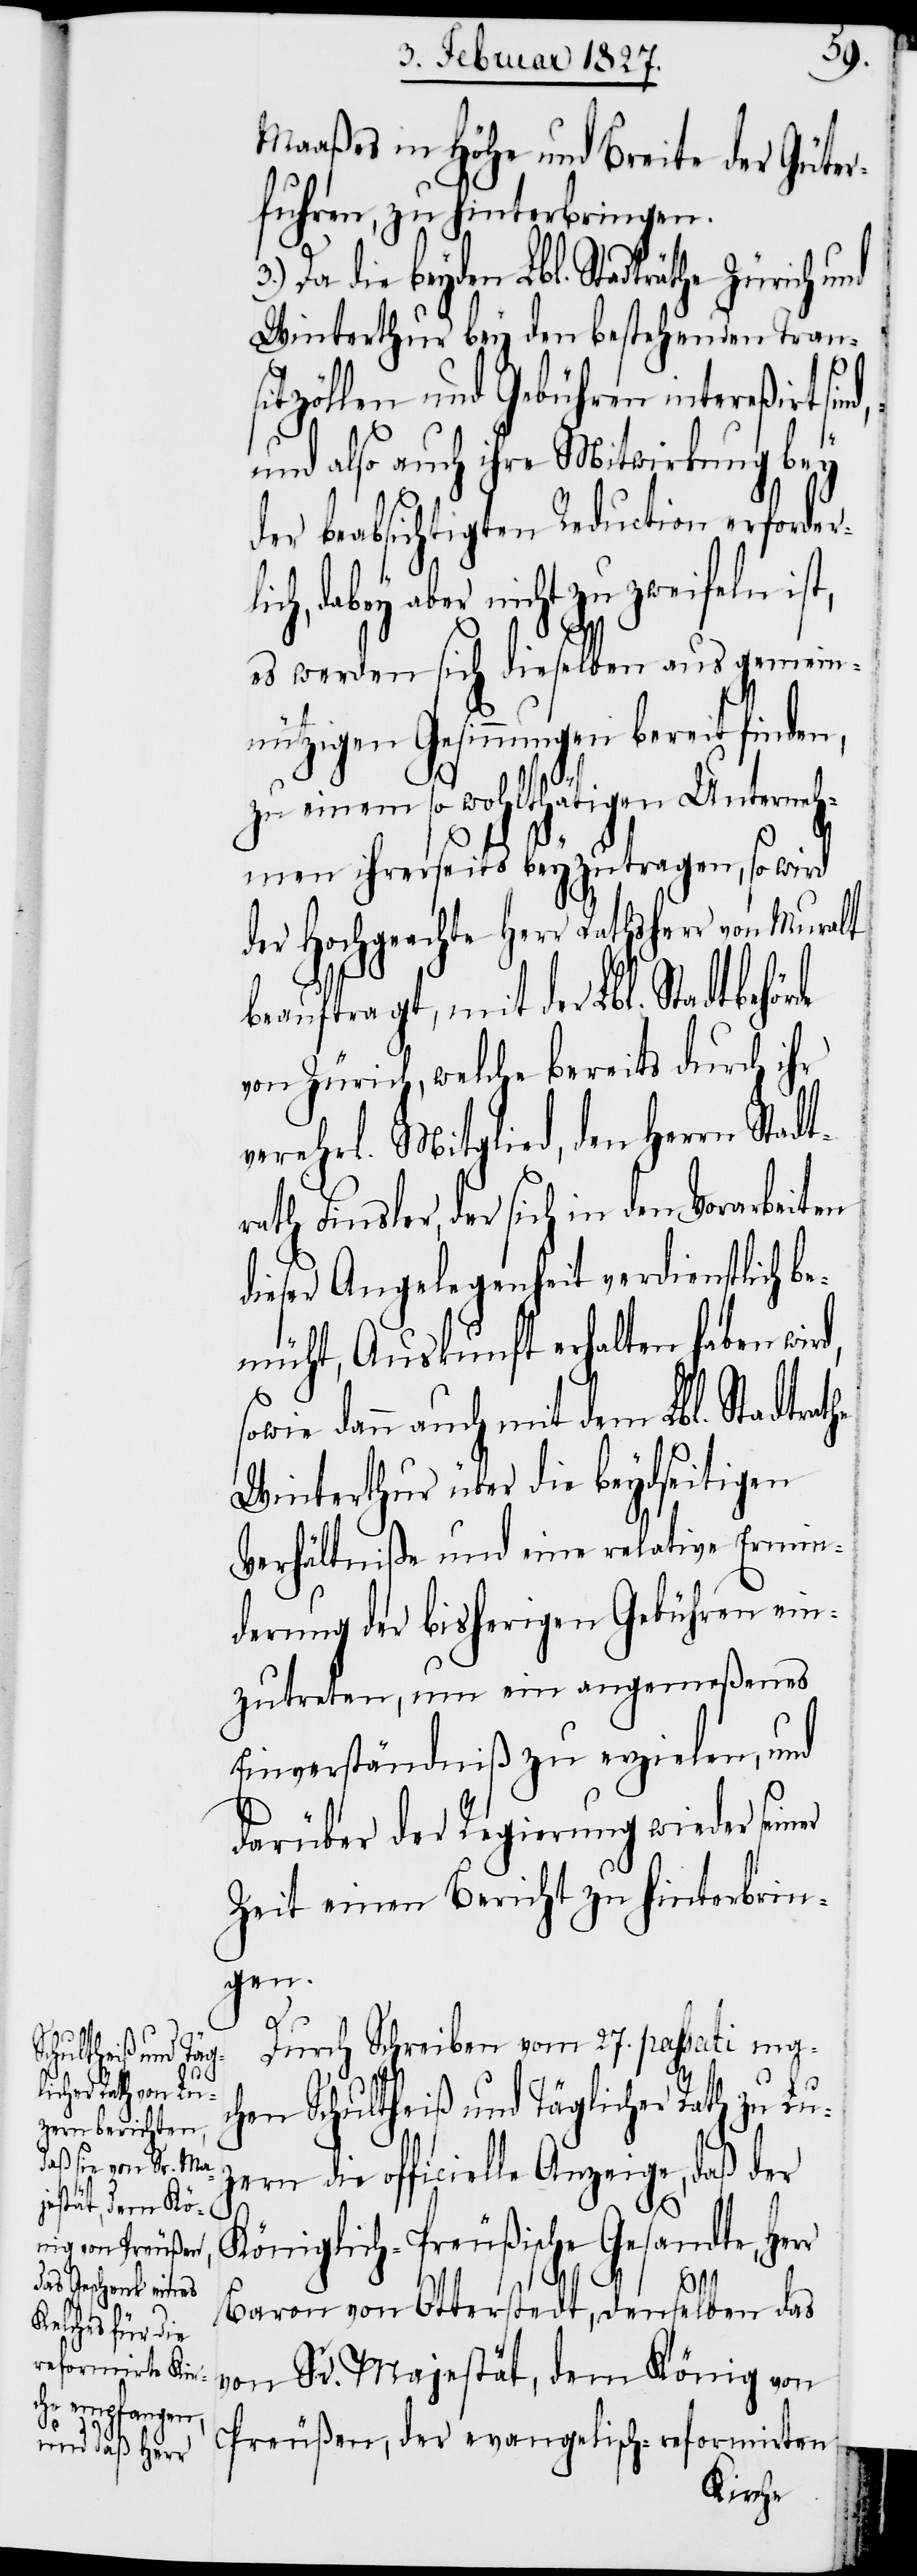
d,

Maaßes in Höhe und Breite der Güter¬
fuhren, zu hinterbringen.
Da die beyden Lbl. Stadträthe Zürich und
Winterthur bey den bestehenden Tran¬
sitzöllen und Gebühren intereßirt
und also auch ihre Mitwirkung bey
der beabsichtigten Reduction erforder¬
lich, dabey aber nicht zu zweifeln ist,
es werden sich dieselben aus gemein¬
nützigen Gesinnungen bereit finden,
einem so wohlthätigen Unterne¬
hmen ihrerseits beyzutragen, so wird
der Hochgeachte Herr Rahtsherr von
beauftragt, mit der Lbl. Stadtbehör¬
von Zürich, welche bereits durch ihr
verehrl. Mitglied, den Herrn Stadt¬
rath Finsler, der sich in den Vorarbeiten
dieser Angelegenheit verdienstlich be¬
müht, Auskunft erhalten haben wir¬
sowie dann auch mit dem Lbl. Stadtrathe
Winterthur über die beydseitigen
Verhältniße und eine relative Ermin¬
derung der bisherigen Gebühren ein¬
zutreten, um ein angemeßenes
Einverständniß zu erzielen, und
darüber der Regierung wieder seiner
Zeit einen Bericht zu hinterbrin¬
gen.
Durch Schreiben vom 27. passati ma¬
chen Schultheiß und Täglicher Rath zu Lu¬
zern die officielle Anzeige, daß der
Königlich-Preußische Gesandte, Her¬
r
Baron von Otterstedt, denselben das
von Sr. Majestät, dem König von
Preußen, der evangelisch-reformirten